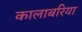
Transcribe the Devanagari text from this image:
कालाबरिया